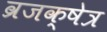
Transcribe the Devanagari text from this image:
व्रजक्षेत्र